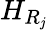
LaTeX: H_{R_{\mathit{j}}}